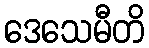
ဒေသေမီတိ